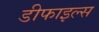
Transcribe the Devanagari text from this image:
डीफाइल्स